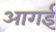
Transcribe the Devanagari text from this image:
आगई